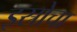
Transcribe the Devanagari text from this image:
इस्रोचा